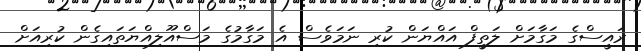
ރައީސްގެ މަގާމަށް ލަތީފް އައްޔަން ކުރި ނަމަވެސް އެ މަގާމުގެ މަސްއޫލިއްޔަތައިގެން ކުރިއަށް